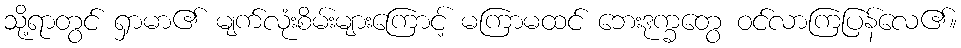
သို့ရာတွင် ရှာမာ၏ မျက်လုံးစိမ်းများကြောင့် မကြာမထင် ဘေးဒုက္ခတွေ ဝင်လာကြပြန်လေ၏။